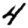
Digit: 4